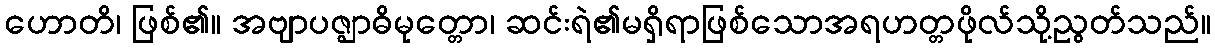
ဟောတိ၊ ဖြစ်၏။ အဗျာပဇ္ဈာဓိမုတ္တော၊ ဆင်းရဲ၏မရှိရာဖြစ်သောအရဟတ္တဖိုလ်သို့ညွတ်သည်။